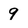
Character: 9